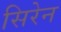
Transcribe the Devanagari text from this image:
सिरेन